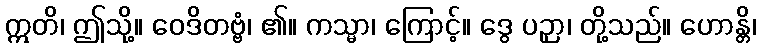
ဣတိ၊ ဤသို့။ ဝေဒိတဗ္ဗံ၊ ၏။ ကသ္မာ၊ ကြောင့်။ ဒွေ ပဉှာ၊ တို့သည်။ ဟောန္တိ၊